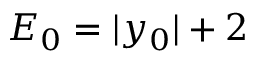
E _ { 0 } = \vert y _ { 0 } \vert + 2